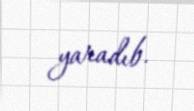
yaradıb.